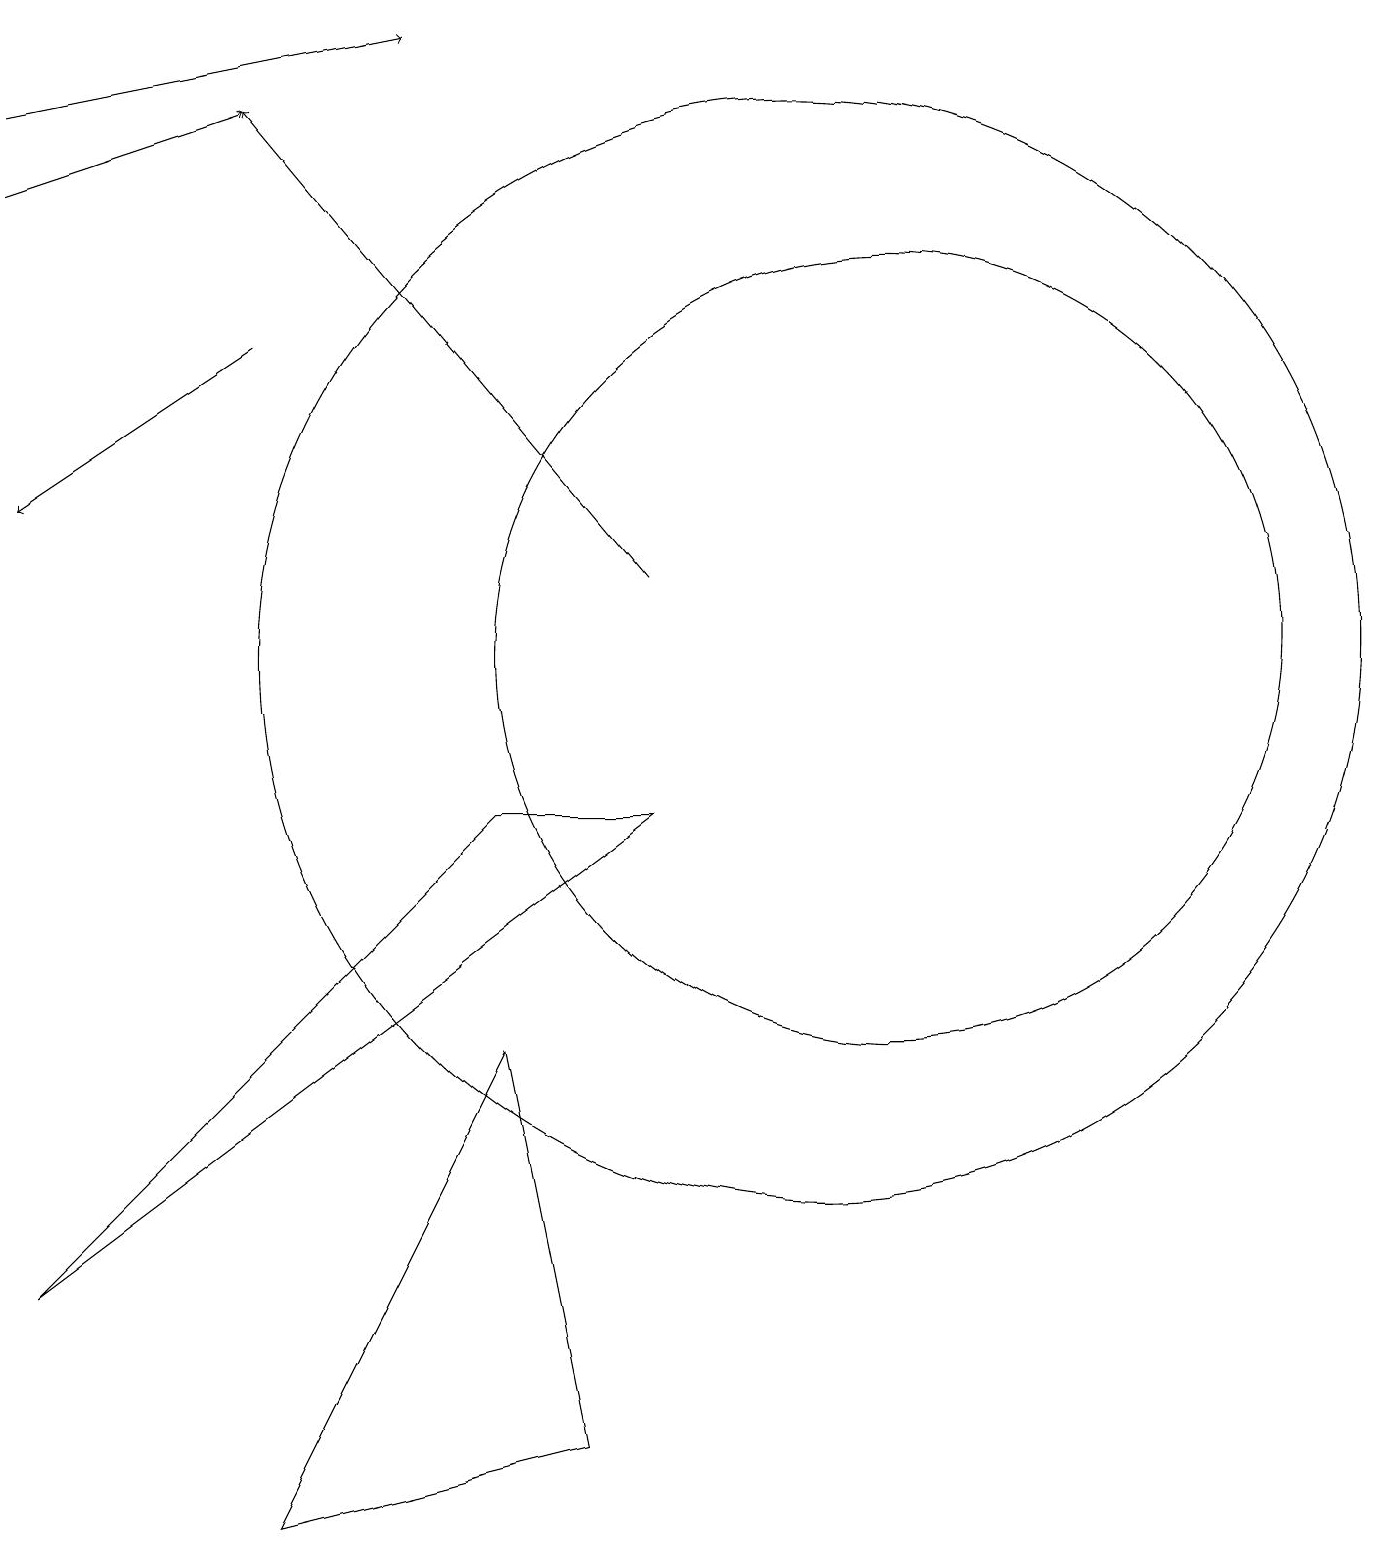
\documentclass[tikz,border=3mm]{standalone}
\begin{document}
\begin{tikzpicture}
\draw (10,11) circle (7);
\draw[->] (0,17) -- (3,18);
\draw[->] (3,15) -- (0,13);
\draw (7,1) -- (3,0) -- (6,6) -- cycle;
\draw[->] (8,12) -- (3,18);
\draw (8,9) -- (0,3) -- (6,9) -- cycle;
\draw[->] (0,18) -- (5,19);
\draw (11,11) circle (5);
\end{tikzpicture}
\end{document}